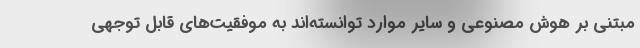
مبتنی بر هوش مصنوعی و سایر موارد توانسته‌اند به موفقیت‌های قابل توجهی